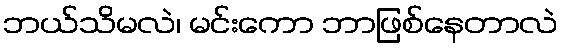
ဘယ်သိမလဲ၊ မင်းကော ဘာဖြစ်နေတာလဲ